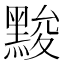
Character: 黢